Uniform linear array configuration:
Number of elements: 16
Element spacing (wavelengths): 0.75
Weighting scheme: kaiser
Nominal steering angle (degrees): -15
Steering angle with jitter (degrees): -13.317
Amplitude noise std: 0.05
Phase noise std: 0.05

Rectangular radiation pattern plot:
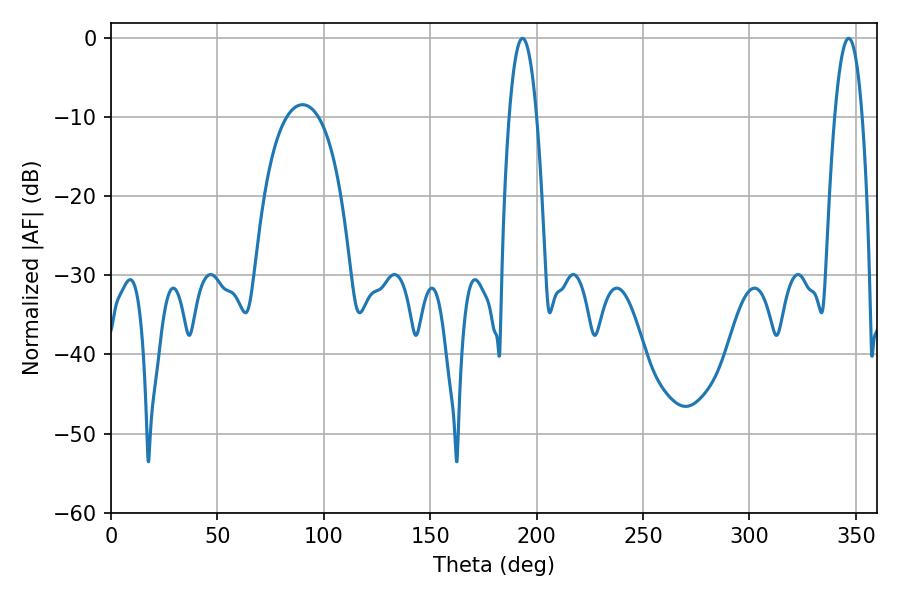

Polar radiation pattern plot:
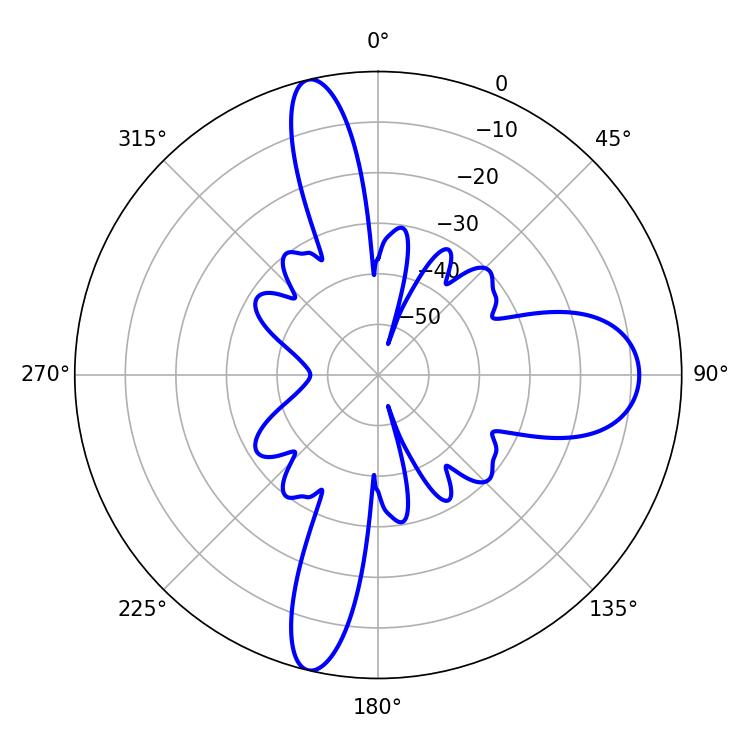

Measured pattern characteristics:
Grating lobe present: TRUE
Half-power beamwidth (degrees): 7.02
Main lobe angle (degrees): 193.32